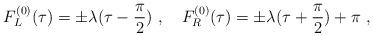
LaTeX: \begin{align*}F^{(0)}_L(\tau) = \pm \lambda(\tau - \frac{\pi}{2}) \ , ~~~F^{(0)}_R(\tau) = \pm \lambda(\tau + \frac{\pi}{2}) + \pi \ ,\end{align*}